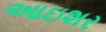
આઇશર